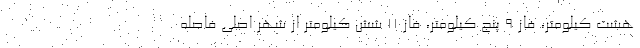
هشت کیلومتر، فاز ۹ پنج کیلومتر، فاز ۱۱ شش کیلومتر از شهر اصلی فاصله